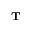
^ \mathbf { T }